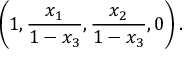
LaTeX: \left( 1 , { \frac { x _ { 1 } } { 1 - x _ { 3 } } } , { \frac { x _ { 2 } } { 1 - x _ { 3 } } } , 0 \right) .